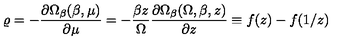
\varrho = - \frac { \partial \Omega _ { \beta } ( \beta , \mu ) } { \partial \mu } = - \frac { \beta z } { \Omega } \frac { \partial \Omega _ { \beta } ( \Omega , \beta , z ) } { \partial z } \equiv f ( z ) - f ( 1 / z )